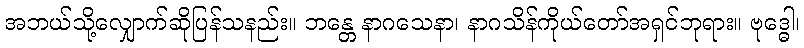
အဘယ်သို့လျှောက်ဆိုပြန်သနည်း။ ဘန္တေ နာဂသေနာ၊ နာဂသိန်ကိုယ်တော်အရှင်ဘုရား။ ဗုဒ္ဓေါ၊